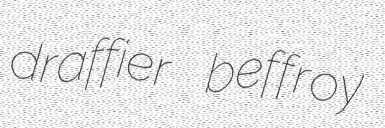
draffier beffroy